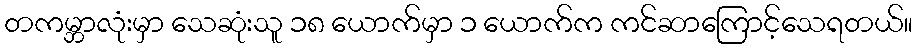
တကမ္ဘာလုံးမှာ သေဆုံးသူ ၁၈ ယောက်မှာ ၁ ယောက်က ကင်ဆာကြောင့်သေရတယ်။